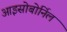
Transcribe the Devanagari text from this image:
आइसोबोर्निल